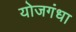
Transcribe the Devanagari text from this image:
योजगंधा